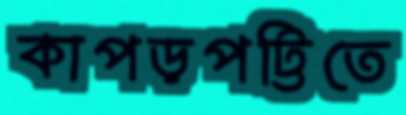
কাপড়পট্টিতে